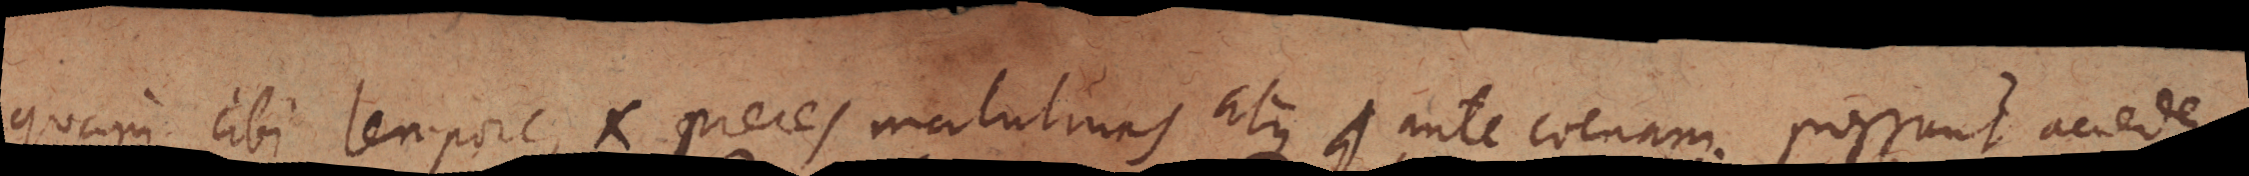
quam cibi tempore, et preces matutinas atque ante coenam. Possunt accedere